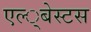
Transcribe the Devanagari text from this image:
एल्‍्बेस्टस